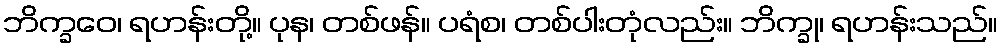
ဘိက္ခဝေ၊ ရဟန်းတို့။ ပုန၊ တစ်ဖန်။ ပရံစ၊ တစ်ပါးတုံလည်း။ ဘိက္ခု၊ ရဟန်းသည်။